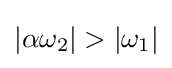
|\alpha \omega _{2}|>|\omega _{1}|